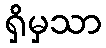
ရှိမှသာ